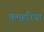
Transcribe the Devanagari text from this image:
कमहरिया